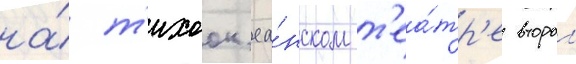
на́ т'ихоок'еа́нском т'еа́тр'е второи